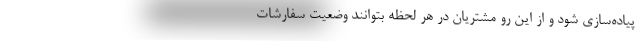
پیاده‌سازی شود و از این رو مشتریان در هر لحظه بتوانند وضعیت سفارشات